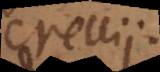
Crellii.